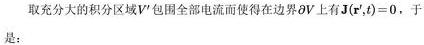
取充分大的积分区域$V'$包围全部电流而使得在边界$\partial V$上有$\boldsymbol{J}(\boldsymbol{r}',t)=0$，于是：